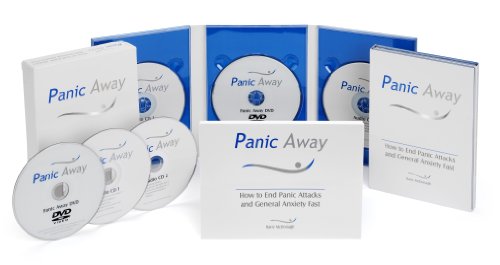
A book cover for Panic Away: How to Stop Panic Attacks and End General Anxiety (multi-item set); Barry Mc Donagh; Self-Help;